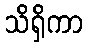
သိရှိကာ